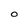
Character: 0